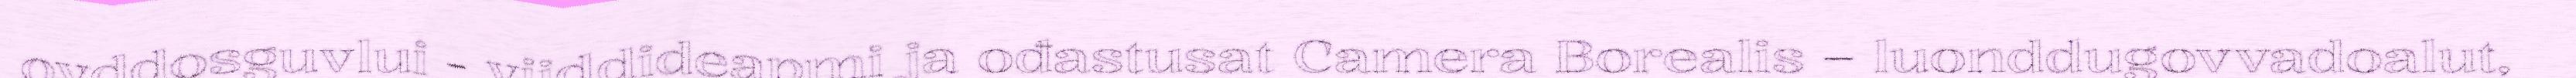
ovddosguvlui - viiddideapmi ja ođastusat Camera Borealis – luonddugovvadoalut,